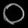
Digit: ၀